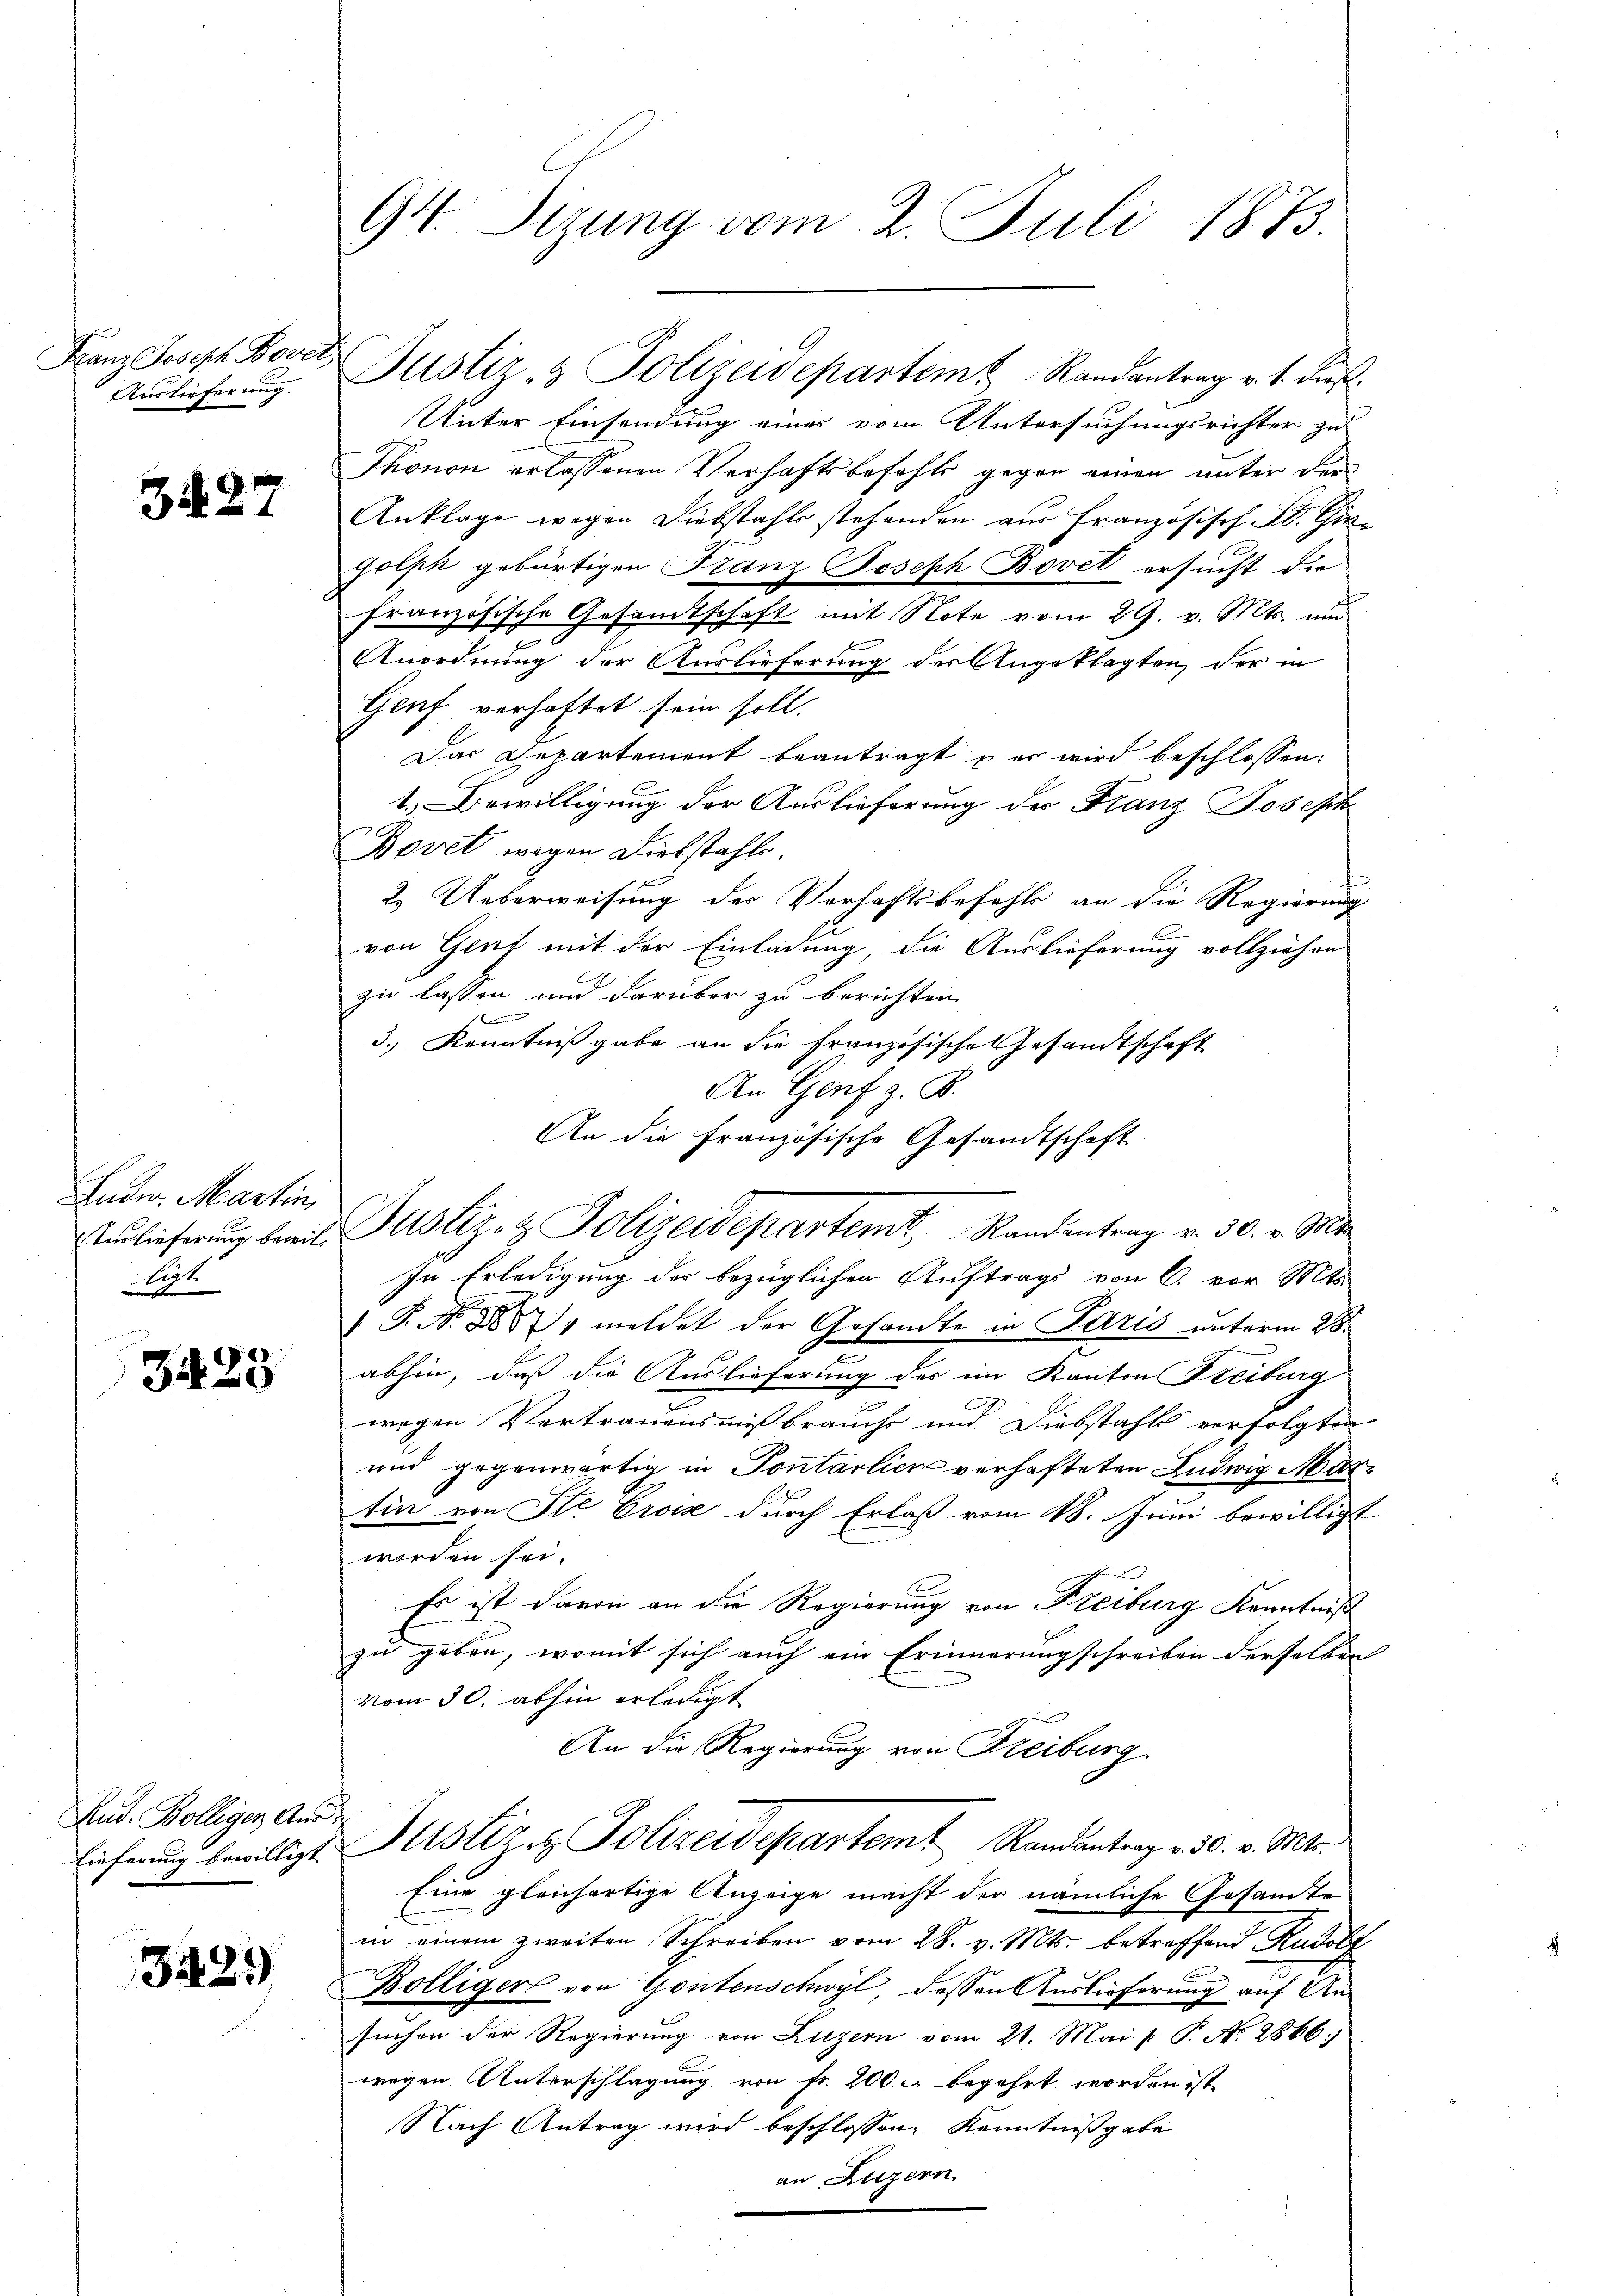
Franz Joseph Bover
Auslieferung.

Z 27

Lndw. Martin,
Iuslieferung beweil.
legt

3423

Rud. Bolliger Aus
Eieferung bewilligt

3423

94. Sizung vom 2. Juli 1873.

Unter Einsendung eines vom Untersuchungsrichter zu
Thonon erlassenen Verhaftsbefehls gegen einen unter der
Anklage wegen Diebstahls stehenden aus Franzosisch. A. Gin¬
Golpk gebürtigen Franz Joseph Bovet ersucht die
französische Gesandtschaft mit Note vom 29. v. Mts. um
Anordnung der Auslieferung der Angeklagten, der in
Genf verhaftet sein soll.
Das Departement beantragt er wird beschlossen:
1.) Bewilligung der Auslieferung des Franz Joseph
Bovet wegen Diebstahle
2. Ueberweisung der Verhaftsbefehl an die Regierung
von Genf mit der Einladung, die Auslieferung vollziehen
zu lassen und darüber zu berichten.
x
3.) Kenntnißgabe an die Französische Gesandtschaft
An Genf z. B.
An die Französische Gesandtschaft
In Erledigung der bezüglichen Auftrags von C. vor Mits
 P. Nr. 881 meldet der Gesandte in Paris unterm 28.
abhin, daß die Auslieferung des im Kanton Freiburg
wegen Vertrauensmißbrauchs und Diebstahls verfolgten
und gegenwärtig in Pontalien verhafteten Ludwig Martin von Ste Crosse durch Erlaß vom 18. Juni bewilligt
worden sei.
Es ist davon an die Regierung von Freiburg Kenntniß
zu geben, womit sich auch ein Erinnerungschreiben derselben
vom 30. abhin erledigt
An die Regierung von Freiburg.
Justiz & Polizeidepartem Randantrag v. 30. v. Mts.
Eine gleichartige Anzeige macht der nämliche Gesamte
in einem zweiten Schreiben vom 28. v. Mts. betreffend Rudol
Kölligers von Gontenschwyl dessen Auslieferung auf Ansuchen der Regierung von Luzern vom 21. Mai l. P. N. 2866
wegen Unterschlagung von Fr. 200. u begehrt worden ist,
Nach Antrag wird beschlossen: Kenntnißgabe
an Luzern.

Justiz- & Polizeidepartem Randantrag v. 1. dieß.

Justiz- & Polizeidepartemt, Randentrag v. 30. v. Mt

h